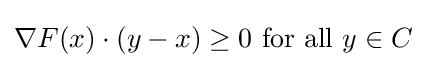
\nabla F(x)\cdot (y-x)\geq 0{\text{ for all }}y\in C